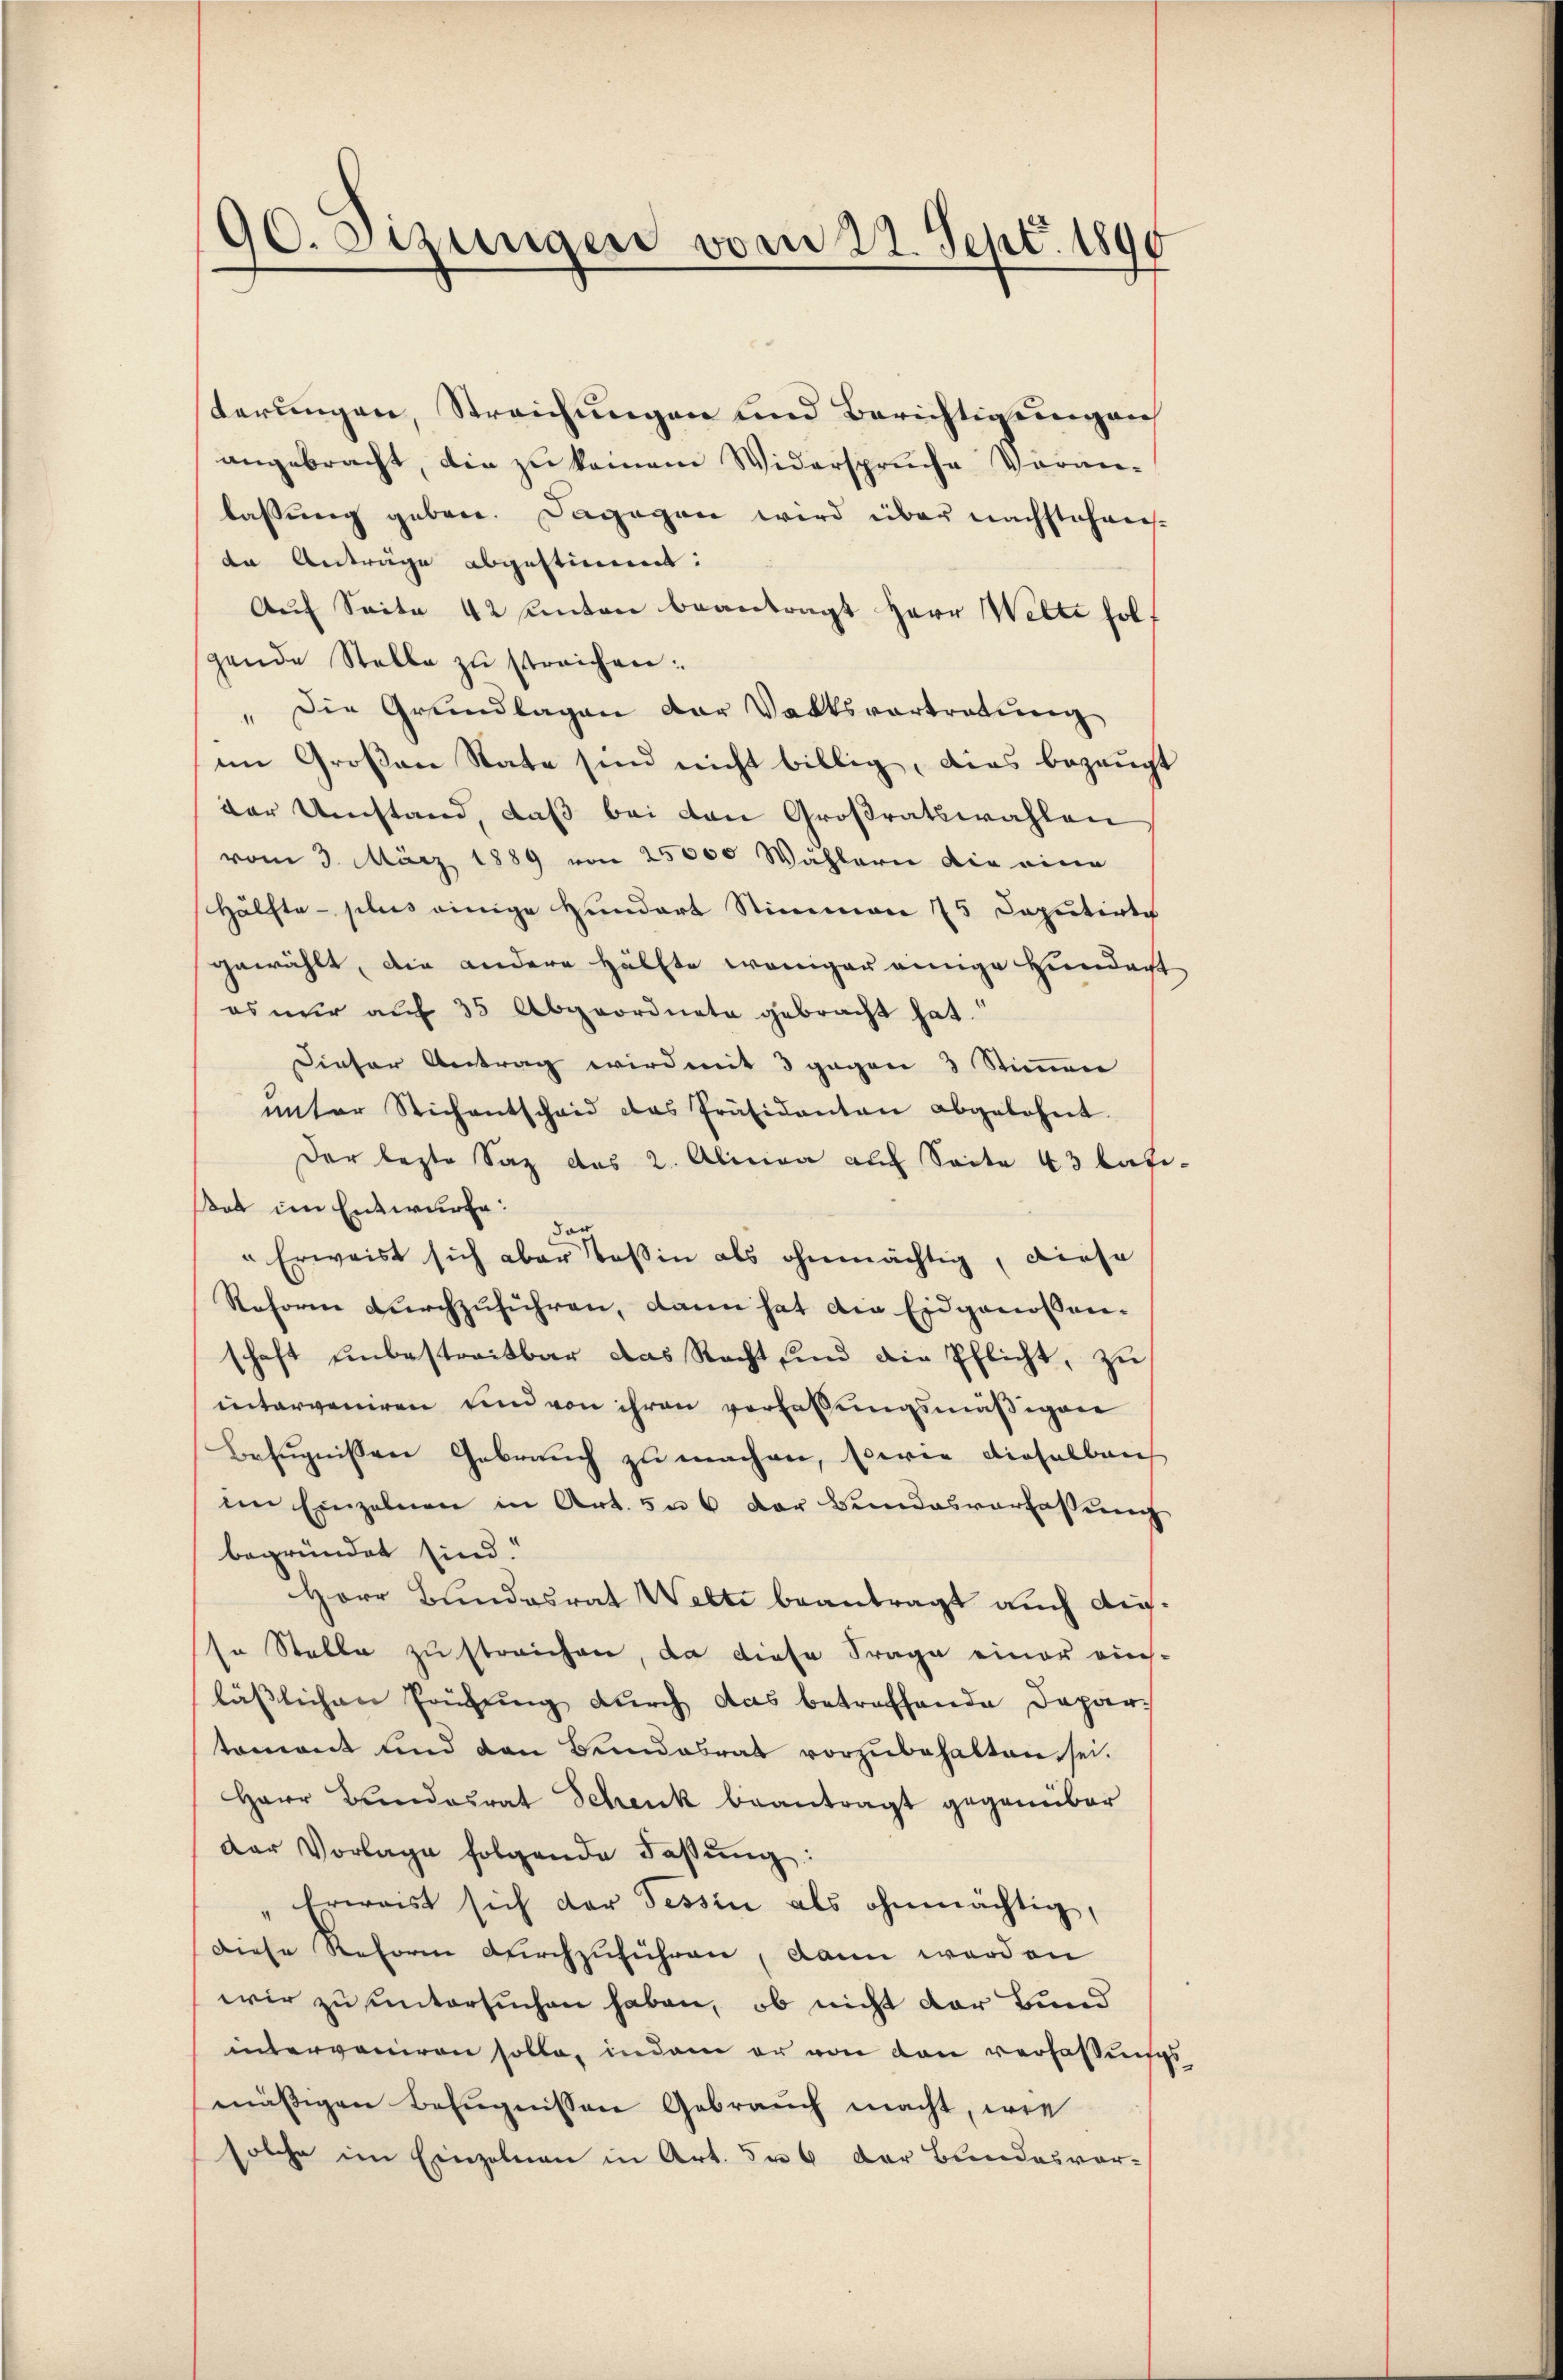
terungen, Streichungen und Berichtigungen
angebracht, die zu keinem Widerspruche Vormie-
lassung geben. Dagegen wird über nachstehrende Anträge abgestimmt:
Auf Seite 42 unten beantragt Herr Welti holf
gende Stelle zu streichen:
" Die Grŭndlagen der Valtsvertratŭng
im Großen Rate sind nicht billig, dies bezeugt
der Umstand, daß bei den Großratswahlen
vom 3. März 1889 von 25000 Wahlern die eine
Hälfte - plus einige Hundert Stimmen 75 Deputirte
gewählt, die andere Hälfte weniger einige Hierdacht
es nur auf 35 Abgeordnete gebracht hat.
Dieser Antrag wird mit 3 gegen 3 Stimmen
ŭnter Sichentschaid das Präsidanten abgelohnt.
Der lezte Saz des 2. Alina auf Seite 43 kafisat im Entwurfe:
dar
" Erweist sich aber Teßin als ohnmächtig, diese
Reforme durchzuführen, dann hat die Eidgenossen-
schaft unbestreitbar das Recht und die Pflicht, zu
interveniren und von ihren verfassungsmäßigen
Bezŭgnissen Gebrauch zŭ machen, sowie dieselben
im Einzelnen in Art. 5 u 6 der Bundesverfassung
begründet sind.“
Herr Bundesrat Welti beantragt auch Ausso Stelle zu streichen, da diese Frage einer eins-
lässlichen Prüfung durch das betreffende Departomant und den Bundesrat vorzŭbehalten sei.
Herr Bundesrat Schenk beantragt gegenüber
Der Vorlage folgende Fassung:
Erreist sich der Tessin als ohnmächtig,
Diese Reform durchzuführen, dann werden
wir zu untersuchen haben, ob nicht der Bund
interveniren solle, indem er von den verfassungs
mäßigen Befugnissen Gebrauch macht, wie
solche im Einzelnen in Art. a 6 der Bundesvor-

90. Sezungen vom 22. Sept. 1890